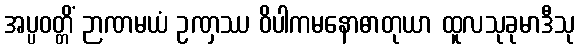
အပ္ပဝတ္တိံ ဉာဏမယံ ဥဏှဿ ဝိပါကမနောဓာတုယာ ထူလသုခုမာဒီသု